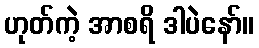
ဟုတ်ကဲ့ အာစရိ ဒါပဲနော်။